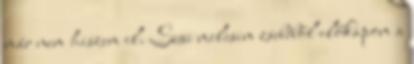
már nem hiszem el. Susi melcsim zsebéből előkapom a